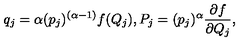
q _ { j } = \alpha ( { p _ { j } } ) ^ { ( \alpha - 1 ) } f ( Q _ { j } ) , P _ { j } = ( { p _ { j } } ) ^ { \alpha } \frac { \partial f } { \partial Q _ { j } } ,